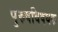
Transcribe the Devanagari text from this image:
पुरुषविषयक